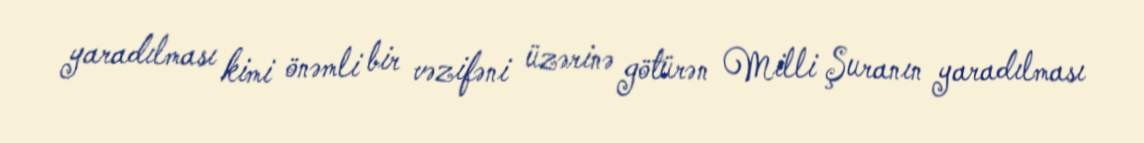
yaradılması kimi önəmli bir vəzifəni üzərinə götürən Milli Şuranın yaradılması